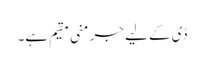
ڈی کے لیے جرمنی مقیم ہے۔